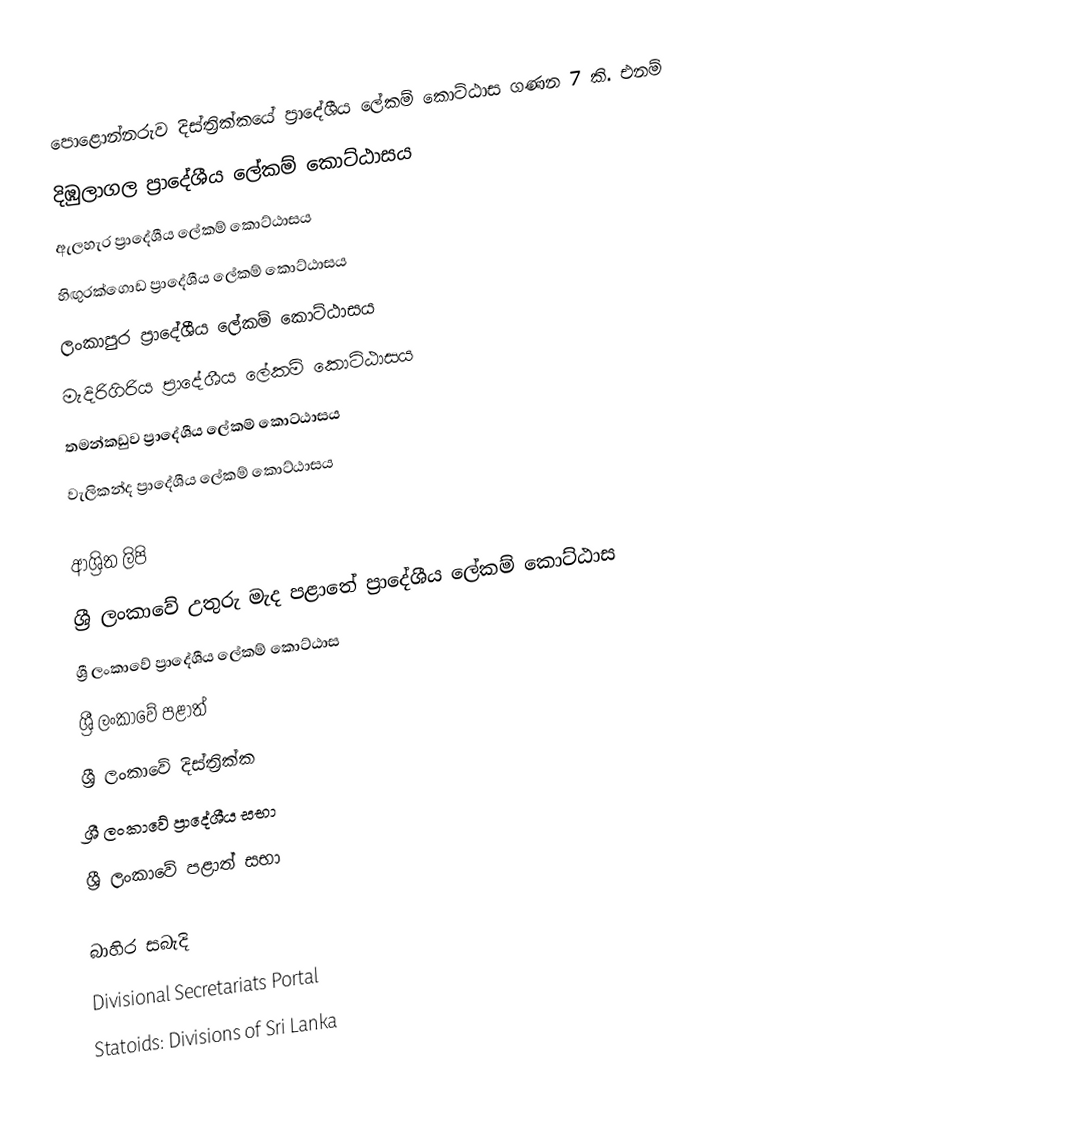
පොළොන්නරුව දිස්ත්‍රික්කයේ ප්‍රාදේශීය ලේකම් කොට්ඨාස ගණන 7 කි. එනම්
 දිඹුලාගල ප්‍රාදේශීය ලේකම් කොට්ඨාසය
 ඇලහැර ප්‍රාදේශීය ලේකම් කොට්ඨාසය
 හිඟුරක්ගොඩ ප්‍රාදේශීය ලේකම් කොට්ඨාසය
 ලංකාපුර ප්‍රාදේශීය ලේකම් කොට්ඨාසය
 මැදිරිගිරිය ප්‍රාදේශීය ලේකම් කොට්ඨාසය
 තමන්කඩුව ප්‍රාදේශීය ලේකම් කොට්ඨාසය
 වැලිකන්ද ප්‍රාදේශීය ලේකම් කොට්ඨාසය

ආශ්‍රිත ලිපි
 ශ්‍රී ලංකාවේ උතුරු මැද පළාතේ ප්‍රාදේශීය ලේකම් කොට්ඨාස
 ශ්‍රී ලංකාවේ ප්‍රාදේශීය ලේකම් කොට්ඨාස
 ශ්‍රී ලංකාවේ පළාත්
 ශ්‍රී ලංකාවේ දිස්ත්‍රික්ක
 ශ්‍රී ලංකාවේ ප්‍රාදේශීය සභා
 ශ්‍රී ලංකාවේ පළාත් සභා

බාහිර සබැදි
 Divisional Secretariats Portal
 Statoids: Divisions of Sri Lanka